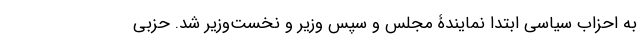
به احزاب سیاسی ابتدا نمایندۀ مجلس و سپس وزیر و نخست‌وزیر شد. حزبی